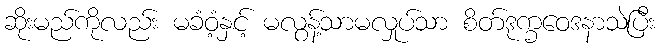
ဆိုးမည်ကိုလည်း မခံဝံ့နှင့် မလွန့်သာမလှုပ်သာ စိတ်ဒုက္ခဝေဒနာသဲပြီး